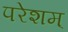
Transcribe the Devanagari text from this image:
परेशम्